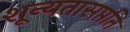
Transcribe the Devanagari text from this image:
शून्यतासप्तति